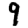
Digit: 9